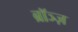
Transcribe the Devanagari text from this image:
ब्रॉञ्ज़